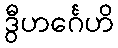
ဒွီဟင်္ဂေဟိ